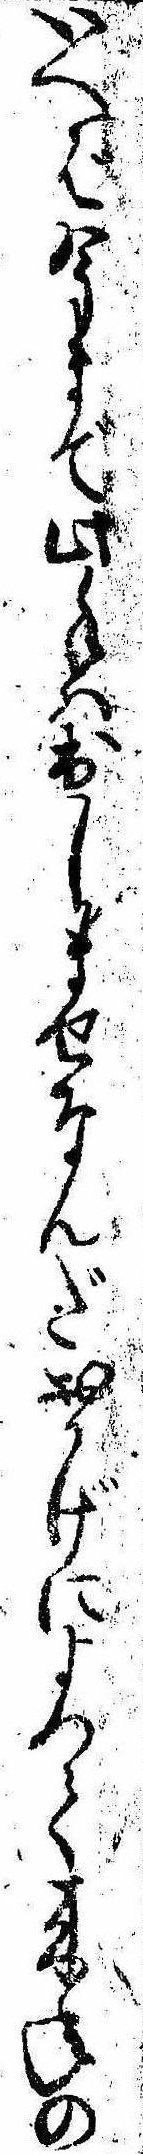
いへば今まで此手は出しませなんだおかげによつて来年の